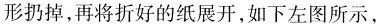
形扔掉，再将折好的纸展开，如下左图所示，